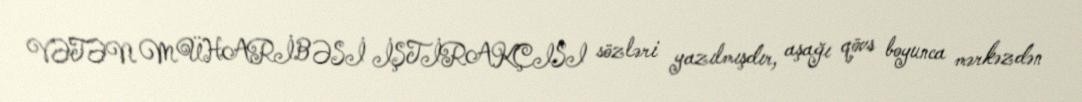
VƏTƏN MÜHARİBƏSİ İŞTİRAKÇISI sözləri yazılmışdır, aşağı qövs boyunca mərkəzdən